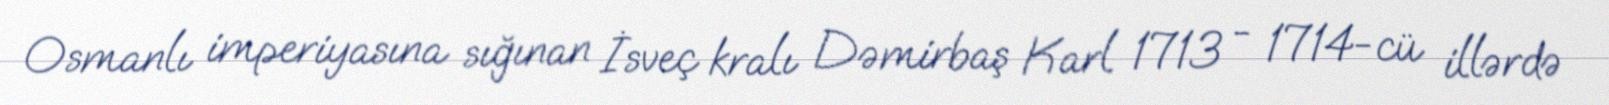
Osmanlı imperiyasına sığınan İsveç kralı Dəmirbaş Karl 1713 - 1714-cü illərdə